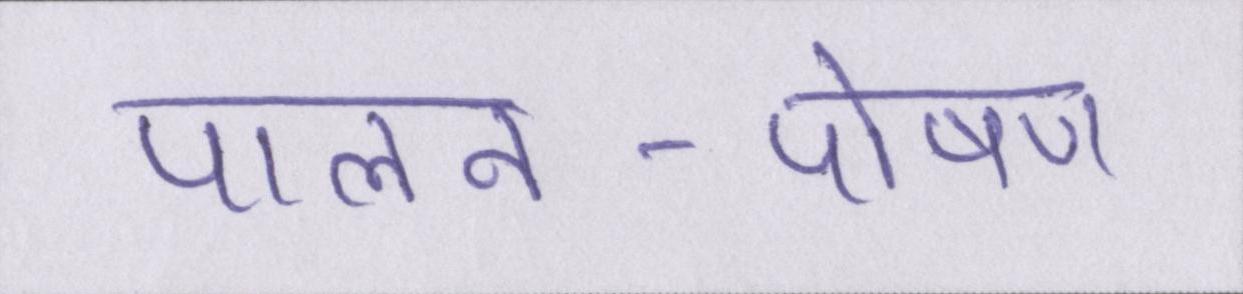
पालन-पोषण